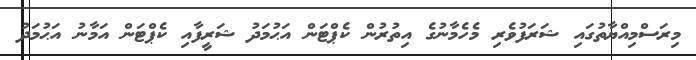
މިރަސްމިއްޔާތުގައި ޝަރަފުވެރި މެހެމާނުގެ އިތުރުން ކެޕްޓަން އަޙުމަދު ޝަރީފާއި ކެޕްޓަން އަމާނު އަޙުމަދު